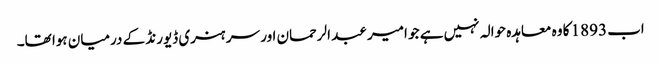
اب 1893 کا وہ معاہدہ حوالہ نہیں ہے جو امیر عبد الرحمان اور سر ہنری ڈیورنڈ کے درمیان ہوا تھا۔